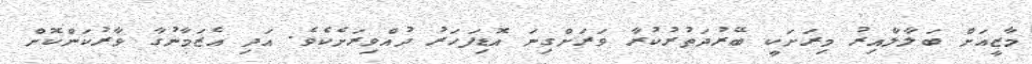
މާޒީއަށް ބަލާލާއިރު މިރަށަކީ ބޭރުދަތުރުކުރާ ވަރަށްގިނަ އޮޑިފަހަރު ދުއްވިރަށެކެވެ. އަދި އެޒަމާނުގާ ވާރުކަންކޮށް